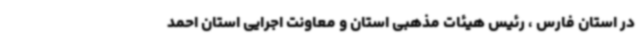
در استان فارس ، رئیس هیئات مذهبی استان و معاونت اجرایی استان احمد